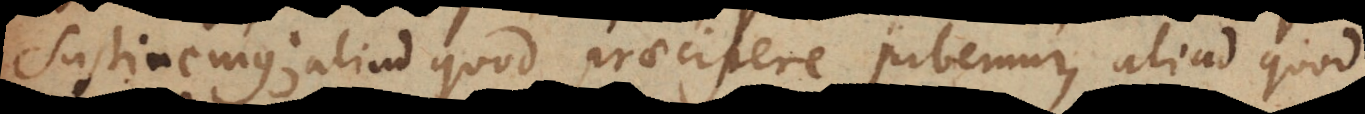
sustinemus; aliud quod praecipere jubemur, aliud quod